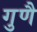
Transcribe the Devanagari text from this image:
गुणै